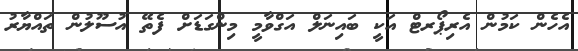
އެހެން ކަމުން އެރިޕޯރޓް އަކީ ބައިނަލް އަގްވާމީ މިންގަޑަށް ފެތޭ އުސޫލުން ތައްޔާރު